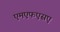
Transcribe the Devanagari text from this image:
एमएफएसए